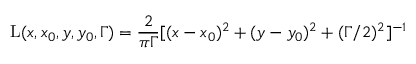
\mathrm { L } ( x , x _ { 0 } , y , y _ { 0 } , \Gamma ) = \frac { 2 } { \pi \Gamma } [ ( x - x _ { 0 } ) ^ { 2 } + ( y - y _ { 0 } ) ^ { 2 } + ( \Gamma / 2 ) ^ { 2 } ] ^ { - 1 }